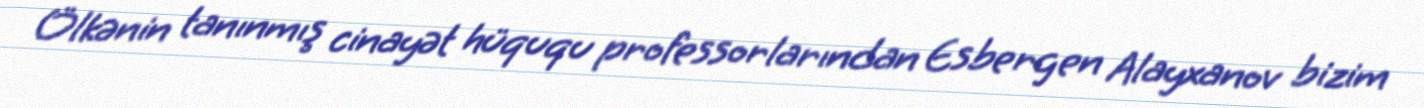
Ölkənin tanınmış cinayət hüququ professorlarından Esbergen Alayxanov bizim